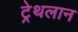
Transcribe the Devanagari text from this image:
ट्रेथलान